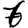
Digit: 6